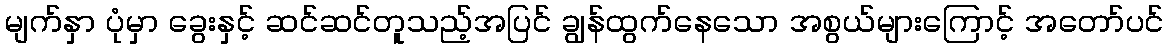
မျက်နှာ ပုံမှာ ခွေးနှင့် ဆင်ဆင်တူသည့်အပြင် ချွန်ထွက်နေသော အစွယ်များကြောင့် အတော်ပင်